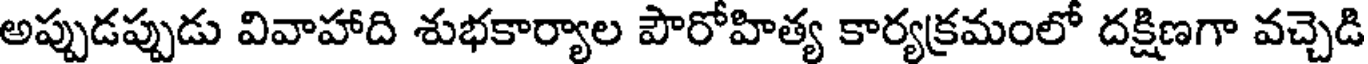
అప్పుడప్పుడు వివాహాది శుభకార్యాల పౌరోహిత్య కార్యక్రమంలో దక్షిణగా వచ్చెడి